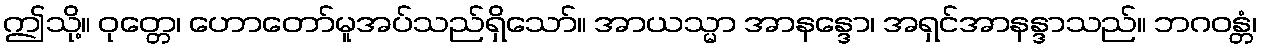
ဤသို့။ ဝုတ္တေ၊ ဟောတော်မူအပ်သည်ရှိသော်။ အာယသ္မာ အာနန္ဒော၊ အရှင်အာနန္ဒာသည်။ ဘဂဝန္တံ၊